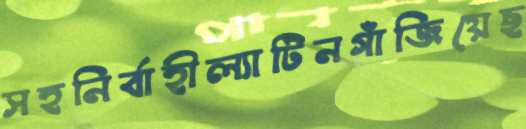
সহনির্বাহীল্যাটিনগাঁজিয়েছ